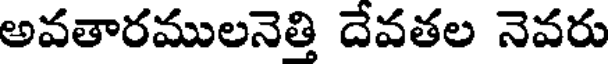
అవతారములనెత్తి దేవతల నెవరు